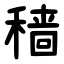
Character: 穑